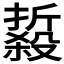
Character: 𱥘